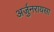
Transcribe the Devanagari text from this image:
अर्जुनरायसा